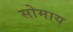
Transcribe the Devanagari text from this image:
सोमाय